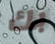
بك